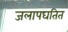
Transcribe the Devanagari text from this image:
जलापघतित